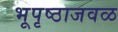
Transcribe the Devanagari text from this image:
भूपृष्ठाजवळ